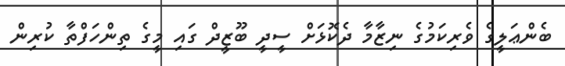
ބެންޢަލީގެ ވެރިކަމުގެ ނިޒާމާ ދެކޮޅަށް ސީދީ ބޫޒީދް ގައި މީގެ ތިންހަފްތާ ކުރިން